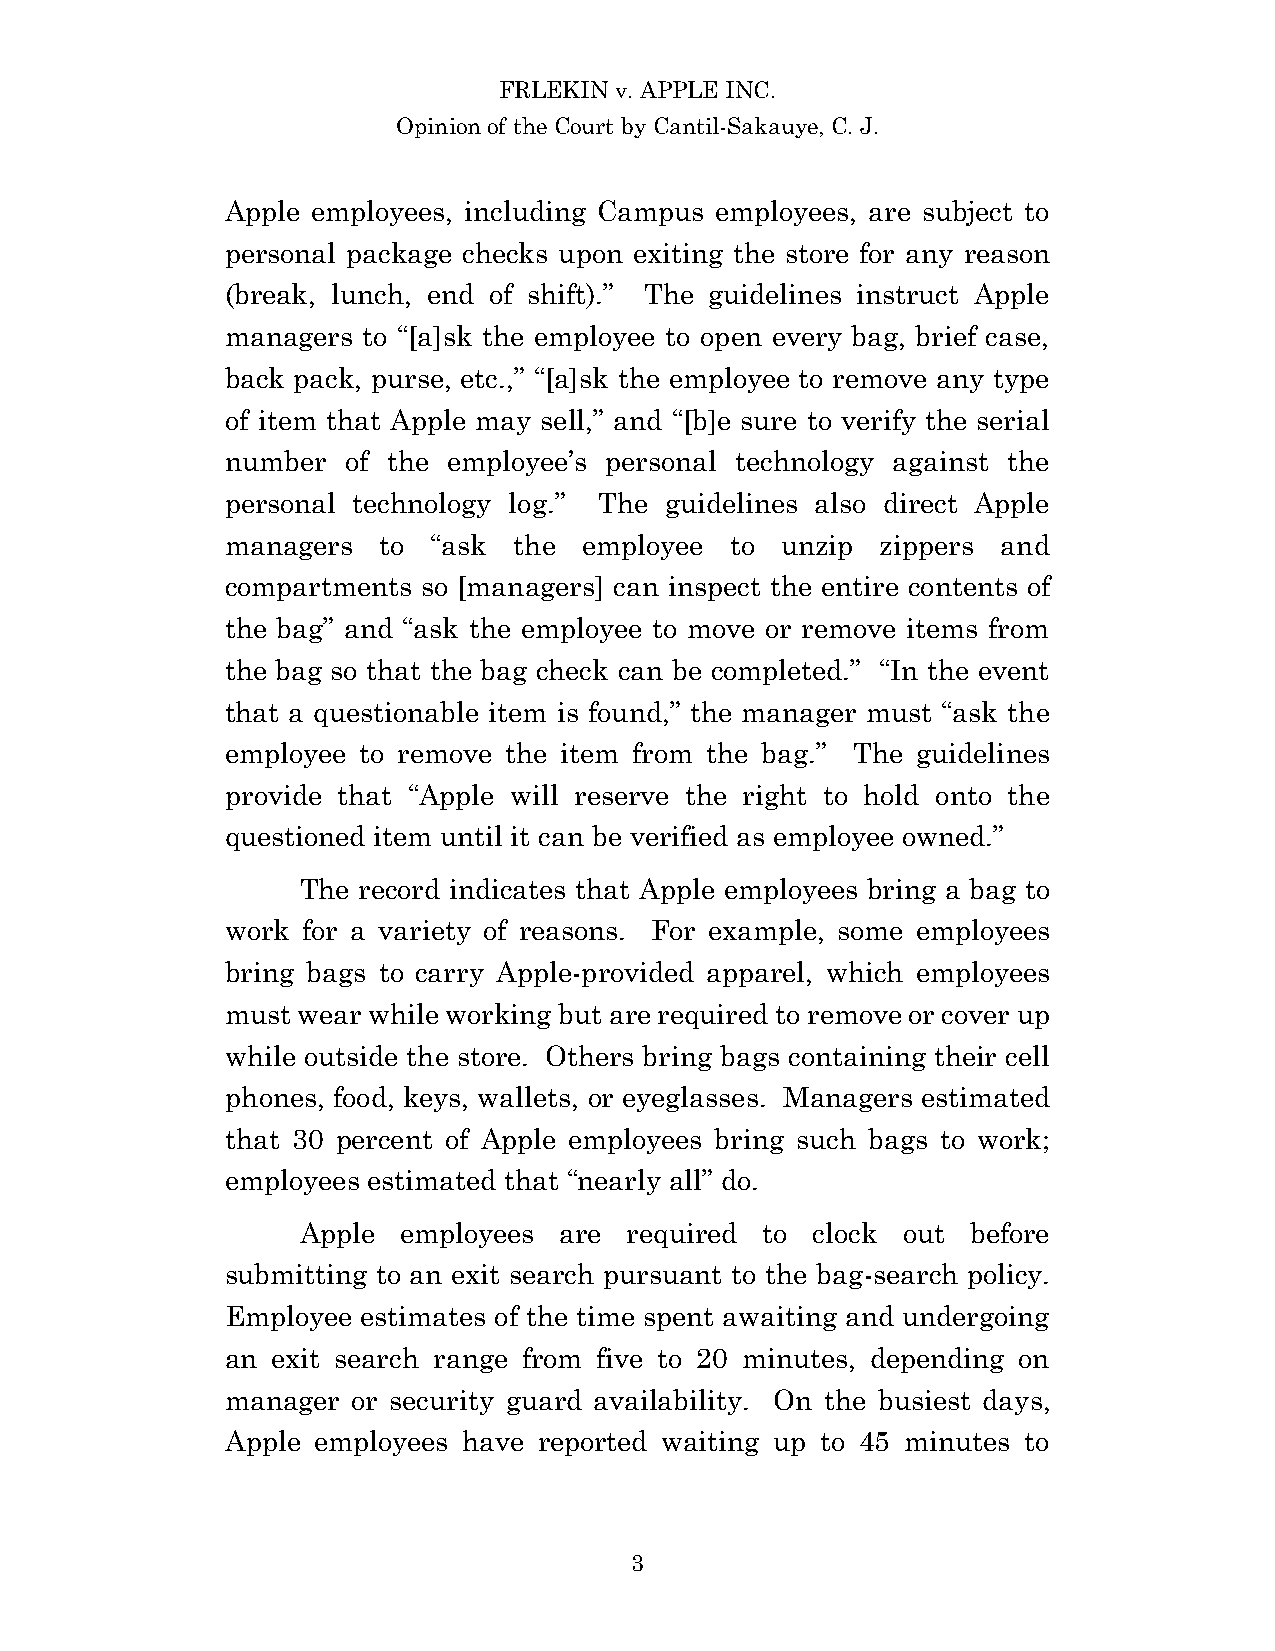
FRLEKIN v. APPLE INC.
 Opinion of the Court by Cantil-Sakauye, C. J.
 Apple employees, including Campus employees, are subject to
 personal package checks upon exiting the store for any reason
 (break, lunch, end of shift).” The guidelines instruct Apple
 managers to “[a]sk the employee to open every bag, brief case,
 back pack, purse, etc.,” “[a]sk the employee to remove any type
 of item that Apple may sell,” and “[b]e sure to verify the serial
 number  of the employee’s personal technology against the
 personal technology log.” The guidelines also direct Apple
 managers  to  “ask the  employee to  unzip zippers and
 compartments so [managers] can inspect the entire contents of
 the bag” and “ask the employee to move or remove items from
 the bag so that the bag check can be completed.” “In the event
 that a questionable item is found,” the manager must “ask the
 employee to remove the item from the bag.” The guidelines
 provide that “Apple will reserve the right to hold onto the
 questioned item until it can be verified as employee owned.”
 The record indicates that Apple employees bring a bag to
 work for a variety of reasons. For example, some employees
 bring bags to carry Apple-provided apparel, which employees
 must wear while working but are required to remove or cover up
 while outside the store. Others bring bags containing their cell
 phones, food, keys, wallets, or eyeglasses. Managers estimated
 that 30 percent of Apple employees bring such bags to work;
 employees estimated that “nearly all” do.
 Apple  employees are  required to clock out before
 submitting to an exit search pursuant to the bag-search policy.
 Employee estimates of the time spent awaiting and undergoing
 an exit search range from five to 20 minutes, depending on
 manager or security guard availability. On the busiest days,
 Apple employees have reported waiting up to 45 minutes to
 3